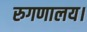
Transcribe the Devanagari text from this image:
रुगणालय।